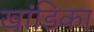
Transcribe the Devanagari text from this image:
खांडिका